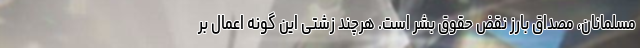
مسلمانان، مصداق بارز نقض حقوق بشر است. هرچند زشتی این گونه اعمال بر